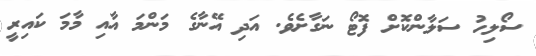
ސޯލިހު ސަލާންކޮށް ފޮޓޯ ނަގާށެވެ. އަދި އޭނާގެ މަންމަ އާއި މާމަ ކައިރީ